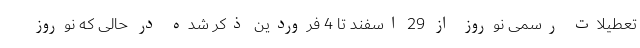
تعطیلات رسمی نوروز از 29 اسفند تا 4 فروردین ذکر شده در حالی که نوروز